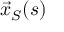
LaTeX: { \vec { x } } _ { S } ( s )